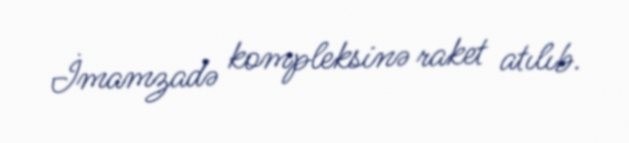
İmamzadə kompleksinə raket atılıb.